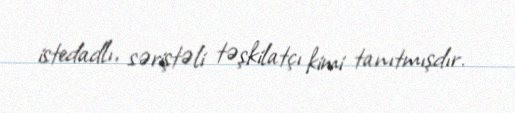
istedadlı, səriştəli təşkilatçı kimi tanıtmışdır.